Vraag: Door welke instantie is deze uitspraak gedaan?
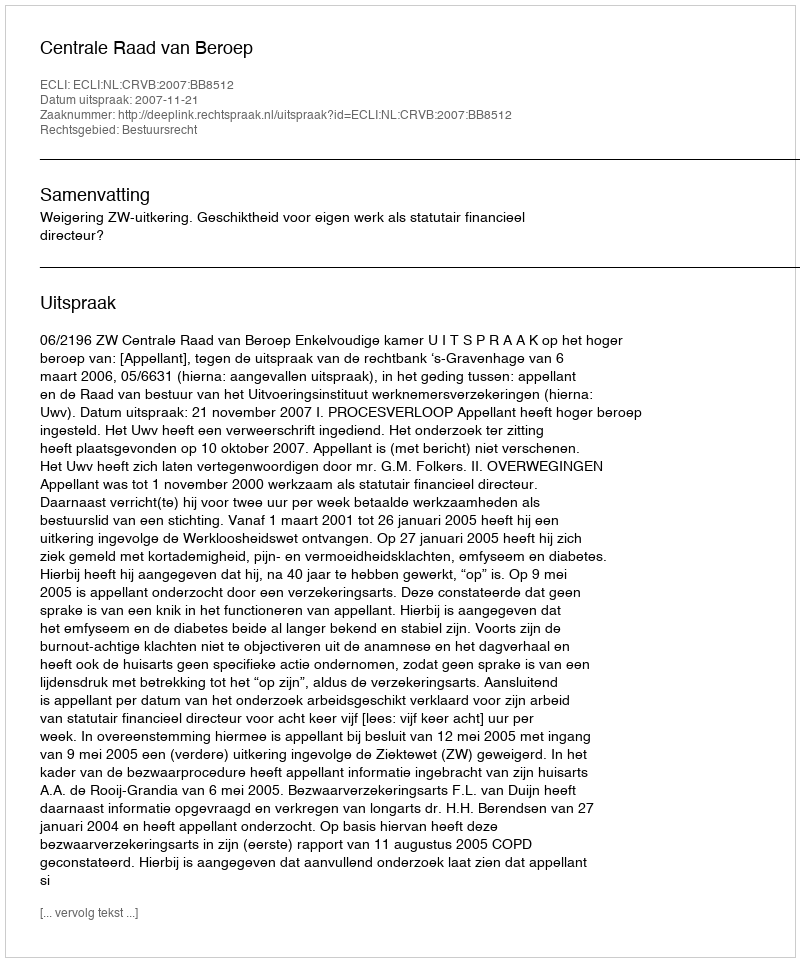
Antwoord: Centrale Raad van Beroep